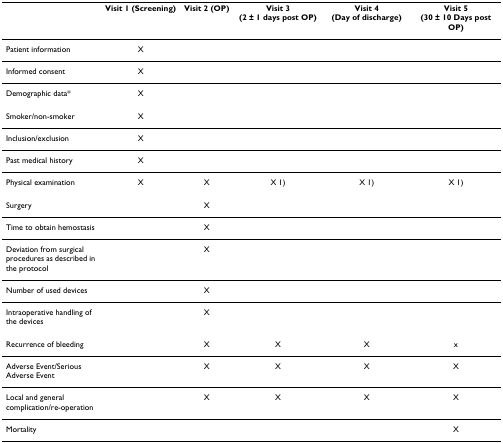
|  | Visit 1 (Screening) | Visit 2 (OP) | Visit 3 (2 ± 1 days post OP) | Visit 4 (Day of discharge) | Visit 5 (30 ± 10 Days post OP) |
 | --- | --- | --- | --- | --- | --- |
 | Patient information | X |  |  |  |  |
 | Informed consent | X |  |  |  |  |
 | Demographic data* | X |  |  |  |  |
 | Smoker/non-smoker | X |  |  |  |  |
 | Inclusion/exclusion | X |  |  |  |  |
 | Past medical history | X |  |  |  |  |
 | Physical examination | X | X | X 1) | X 1) | X 1) |
 | Surgery |  | X |  |  |  |
 | Time to obtain hemostasis |  | X |  |  |  |
 | Deviation from surgical procedures as described in the protocol |  | X |  |  |  |
 | Number of used devices |  | X |  |  |  |
 | Intraoperative handling of the devices |  | X |  |  |  |
 | Recurrence of bleeding |  | X | X | X | x |
 | Adverse Event/Serious Adverse Event |  | X | X | X | X |
 | Local and general complication/re-operation |  | X | X | X | X |
 | Mortality |  |  |  |  | X |